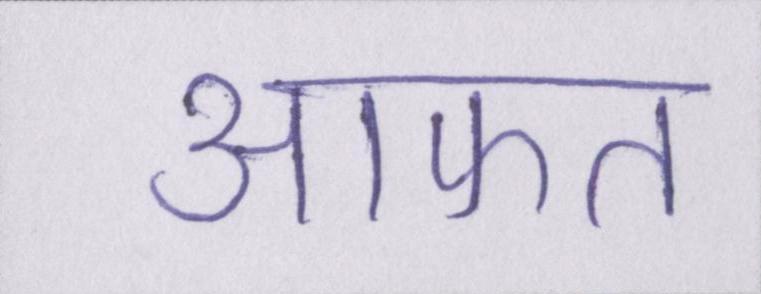
आफत